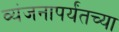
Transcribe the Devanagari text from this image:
व्यंजनापर्यंतच्या